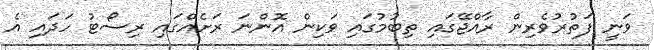
ވަނީ ފަތުރުވެރިން ރާއްޖޭގައި ތިބުމުގައި ވަކިން އޮންނަ ރަށެއްގައި ރިސޯޓު ހަދައި އެ